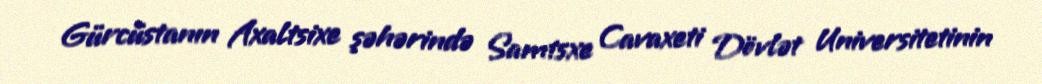
Gürcüstanın Axaltsixe şəhərində Samtsxe Cavaxeti Dövlət Universitetinin